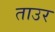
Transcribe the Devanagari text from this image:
ताउर